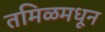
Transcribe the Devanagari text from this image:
तमिळमधून